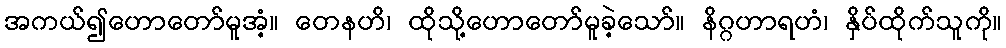
အကယ်၍ဟောတော်မူအံ့။ တေနဟိ၊ ထိုသို့ဟောတော်မူခဲ့သော်။ နိဂ္ဂဟာရဟံ၊ နှိပ်ထိုက်သူကို။